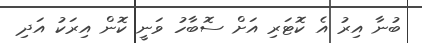
ބުނާ އިރު އެ ކޮޓަރި އަށް ސޮބާހު ވަނީ ކޮން އިރަކު އަދި